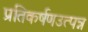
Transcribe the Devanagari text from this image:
प्रतिकर्षणउत्पन्न